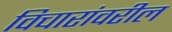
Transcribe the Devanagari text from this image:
विचारांवरील